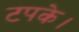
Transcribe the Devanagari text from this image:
टपके।